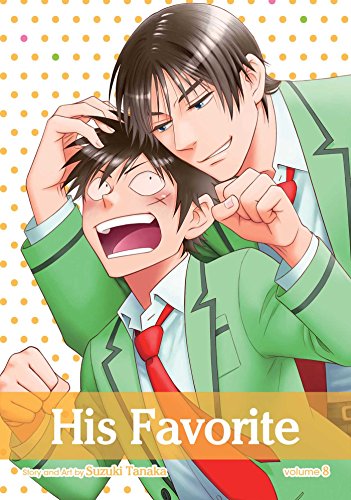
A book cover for His Favorite, Vol. 8; Suzuki Tanaka; Comics & Graphic Novels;